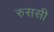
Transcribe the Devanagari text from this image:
रुससी